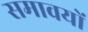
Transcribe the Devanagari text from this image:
समावयों